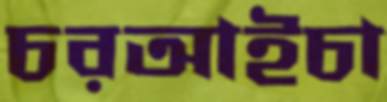
চরআইচা